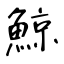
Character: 鯨